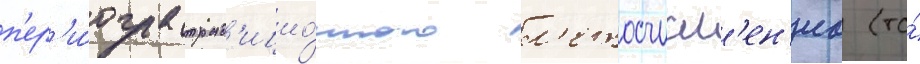
п'ер'и́ода трад'ицио́нного л'етосчисл'ен'иа (то́